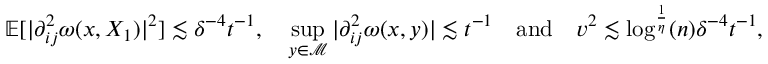
\mathbb { E } [ \vert \partial _ { i j } ^ { 2 } \omega ( x , X _ { 1 } ) \vert ^ { 2 } ] \lesssim \delta ^ { - 4 } t ^ { - 1 } , \quad \operatorname* { s u p } _ { y \in \mathcal { M } } \vert \partial _ { i j } ^ { 2 } \omega ( x , y ) \vert \lesssim t ^ { - 1 } \quad \mathrm { a n d } \quad v ^ { 2 } \lesssim \log ^ { \frac { 1 } { \eta } } ( n ) \delta ^ { - 4 } t ^ { - 1 } ,